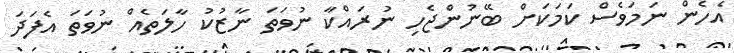
އެހެން ނަމަވެސް ކަމަކަށް ބޭނުންޖެހި ނުރައްކާ ނުވަތަ ނާޒުކު ހާލަތެއް ނުވަތަ އެފަދަ